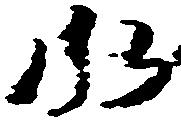
水